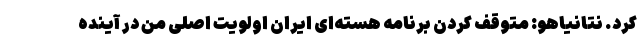
کرد. نتانیاهو: متوقف کردن برنامه هسته‌ای ایران اولویت اصلی من در آینده